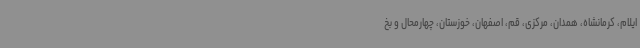
ایلام، کرمانشاه، همدان، مرکزی، قم، اصفهان، خوزستان، چهارمحال و بخ